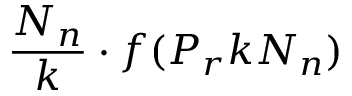
\frac { N _ { n } } { k } \cdot f ( P _ { r } k N _ { n } )